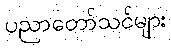
ပညာတော်သင်များ